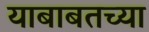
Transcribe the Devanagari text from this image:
याबाबतच्या